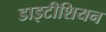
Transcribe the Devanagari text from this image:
डाइटीशियन